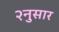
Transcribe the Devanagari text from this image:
२नुसार